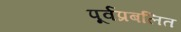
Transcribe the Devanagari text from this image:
पूर्वप्रबलित